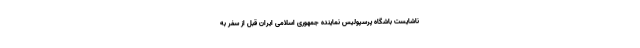
ناشایست باشگاه پرسپولیس نماینده جمهوری اسلامی ایران قبل از سفر به